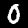
Label: 0